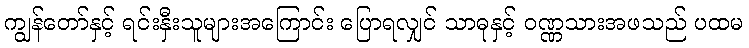
ကျွန်တော်နှင့် ရင်းနှီးသူများအကြောင်း ပြောရလျှင် သာဓုနှင့် ဝဏ္ဏသားအဖသည် ပထမ